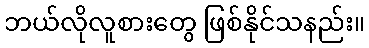
ဘယ်လိုလူစားတွေ ဖြစ်နိုင်သနည်း။